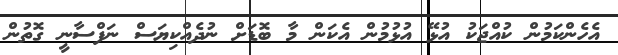
އެހެންކަމުން ކުއްޖަކު އުޅޭ އުޅުމުން އެކަން މާ ބޮޑަށް ނުދެއްކިޔަސް ނަފްސާނީ ގޮތުން